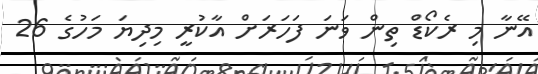
އޭނާ މި ރެކޯޑް ތިން ވަނަ ފަހަރަށް އާކުރީ މިދިޔަ މަހުގެ 26